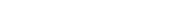
١٧٤